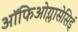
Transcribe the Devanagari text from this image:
ऑफिओग्लासेसिई